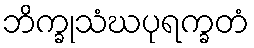
ဘိက္ခုသံဃပုရက္ခတံ